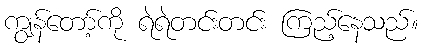
ကျွန်တော့်ကို ရဲရဲတင်းတင်း ကြည့်နေသည်။